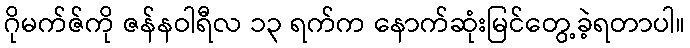
ဂိုမက်ဇ်ကို ဇန်နဝါရီလ ၁၃ ရက်က နောက်ဆုံးမြင်တွေ့ခဲ့ရတာပါ။